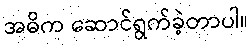
အဓိက ဆောင်ရွက်ခဲ့တာပါ။